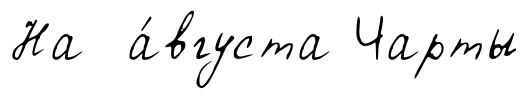
На а́вгуста Чарты